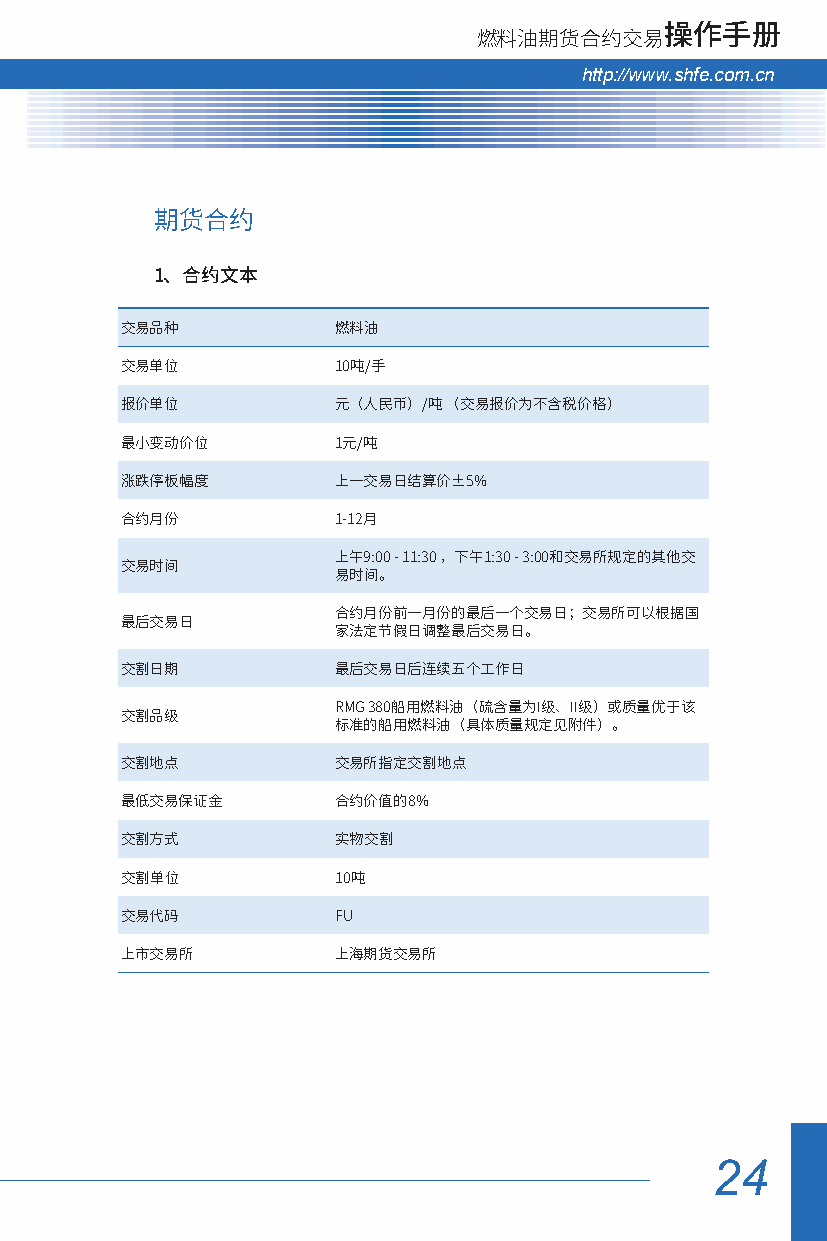
燃料油期货合约交易操作手册
 hhttttpp::////wwwwww..sshhffee..ccoomm..ccnn
 期货合约
 1、合约文本
 交易品种          燃料油
 交易单位          10吨/手
 报价单位          元（人民币）/吨 （交易报价为不含税价格）
 最小变动价位        1元/吨
 涨跌停板幅度        上一交易日结算价±5%
 合约月份          1-12月
 上午9:00 - 11:30 ，下午1:30 - 3:00和交易所规定的其他交
 交易时间
 易时间。
 合约月份前一月份的最后一个交易日；交易所可以根据国
 最后交易日
 家法定节假日调整最后交易日。
 交割日期          最后交易日后连续五个工作日
 RMG 380船用燃料油（硫含量为I级、II级）或质量优于该
 交割品级
 标准的船用燃料油（具体质量规定见附件）。
 交割地点          交易所指定交割地点
 最低交易保证金       合约价值的8%
 交割方式          实物交割
 交割单位          10吨
 交易代码          FU
 上市交易所         上海期货交易所
 24